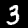
Digit: 3